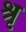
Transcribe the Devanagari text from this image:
श्रृ